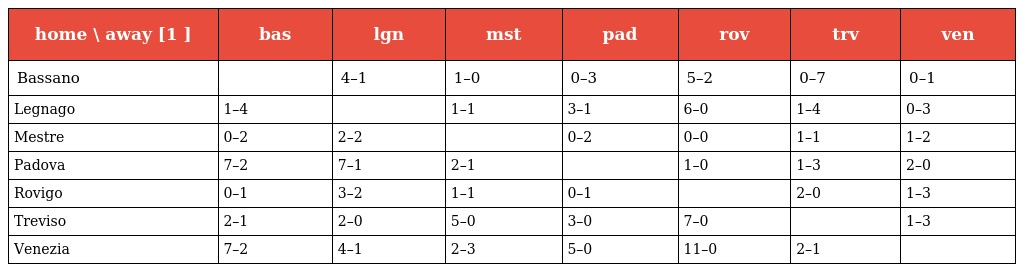
| home \ away [1 ] | bas | lgn | mst | pad | rov | trv | ven |
 | --- | --- | --- | --- | --- | --- | --- | --- |
 | Bassano |  | 4–1 | 1–0 | 0–3 | 5–2 | 0–7 | 0–1 |
 | Legnago | 1–4 |  | 1–1 | 3–1 | 6–0 | 1–4 | 0–3 |
 | Mestre | 0–2 | 2–2 |  | 0–2 | 0–0 | 1–1 | 1–2 |
 | Padova | 7–2 | 7–1 | 2–1 |  | 1–0 | 1–3 | 2–0 |
 | Rovigo | 0–1 | 3–2 | 1–1 | 0–1 |  | 2–0 | 1–3 |
 | Treviso | 2–1 | 2–0 | 5–0 | 3–0 | 7–0 |  | 1–3 |
 | Venezia | 7–2 | 4–1 | 2–3 | 5–0 | 11–0 | 2–1 |  |